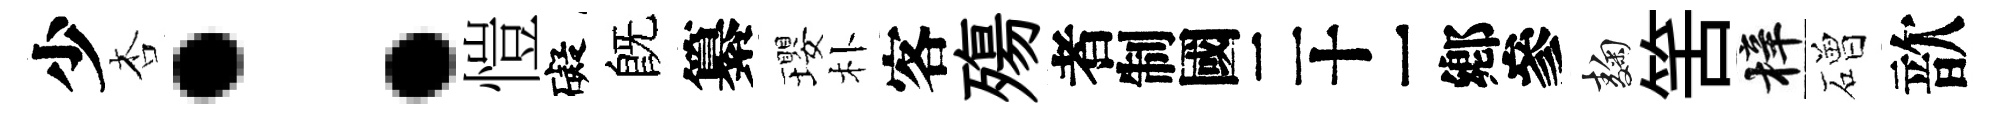
少杏：愷礙旣纂瓔朴客殤识麹筈梓磳歆